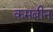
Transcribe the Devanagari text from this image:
कमबीन